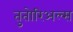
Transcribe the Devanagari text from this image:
तुतोरिअल्स